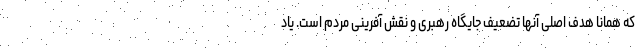
که همانا هدف اصلی آنها تضعیف جایگاه رهبری و نقش آفرینی مردم است. یاد